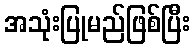
အသုံးပြုမည်ဖြစ်ပြီး